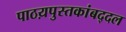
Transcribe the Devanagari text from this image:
पाठय़पुस्तकांबद्दल